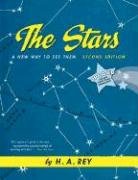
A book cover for The Stars; H. A. Rey; Teen & Young Adult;